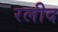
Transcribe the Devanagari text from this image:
रलीद